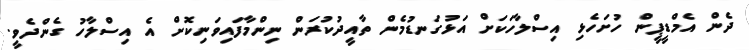
ދެން އެމްޑީޕީން ހުށަހެޅި އިސްލާހަކަށް އަޅުގަނޑުމެން ތާއީދުކުރަން ނިންމާފައިވަނިކޮށް އެ އިސްލާހު ގެންދެވީ.